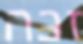
זכה